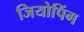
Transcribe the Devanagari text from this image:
जियोपिंग